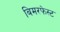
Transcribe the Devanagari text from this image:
बिमरफेस्ट